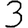
Digit: 3